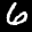
Label: 6